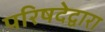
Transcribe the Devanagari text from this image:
परिषदेद्वारा